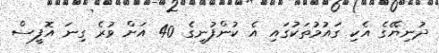
ދުނިޔޭގެ އެކި ގައުމުތަކުގައި އެ ކުންފުނީގެ 40 އަށް ވުރެ ގިނަ އޮފީސް